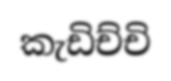
කැඩිච්චි